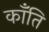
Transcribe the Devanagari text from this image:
कॉँति